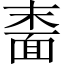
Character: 𬰠